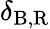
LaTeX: \delta_{\mathrm{B,R}}